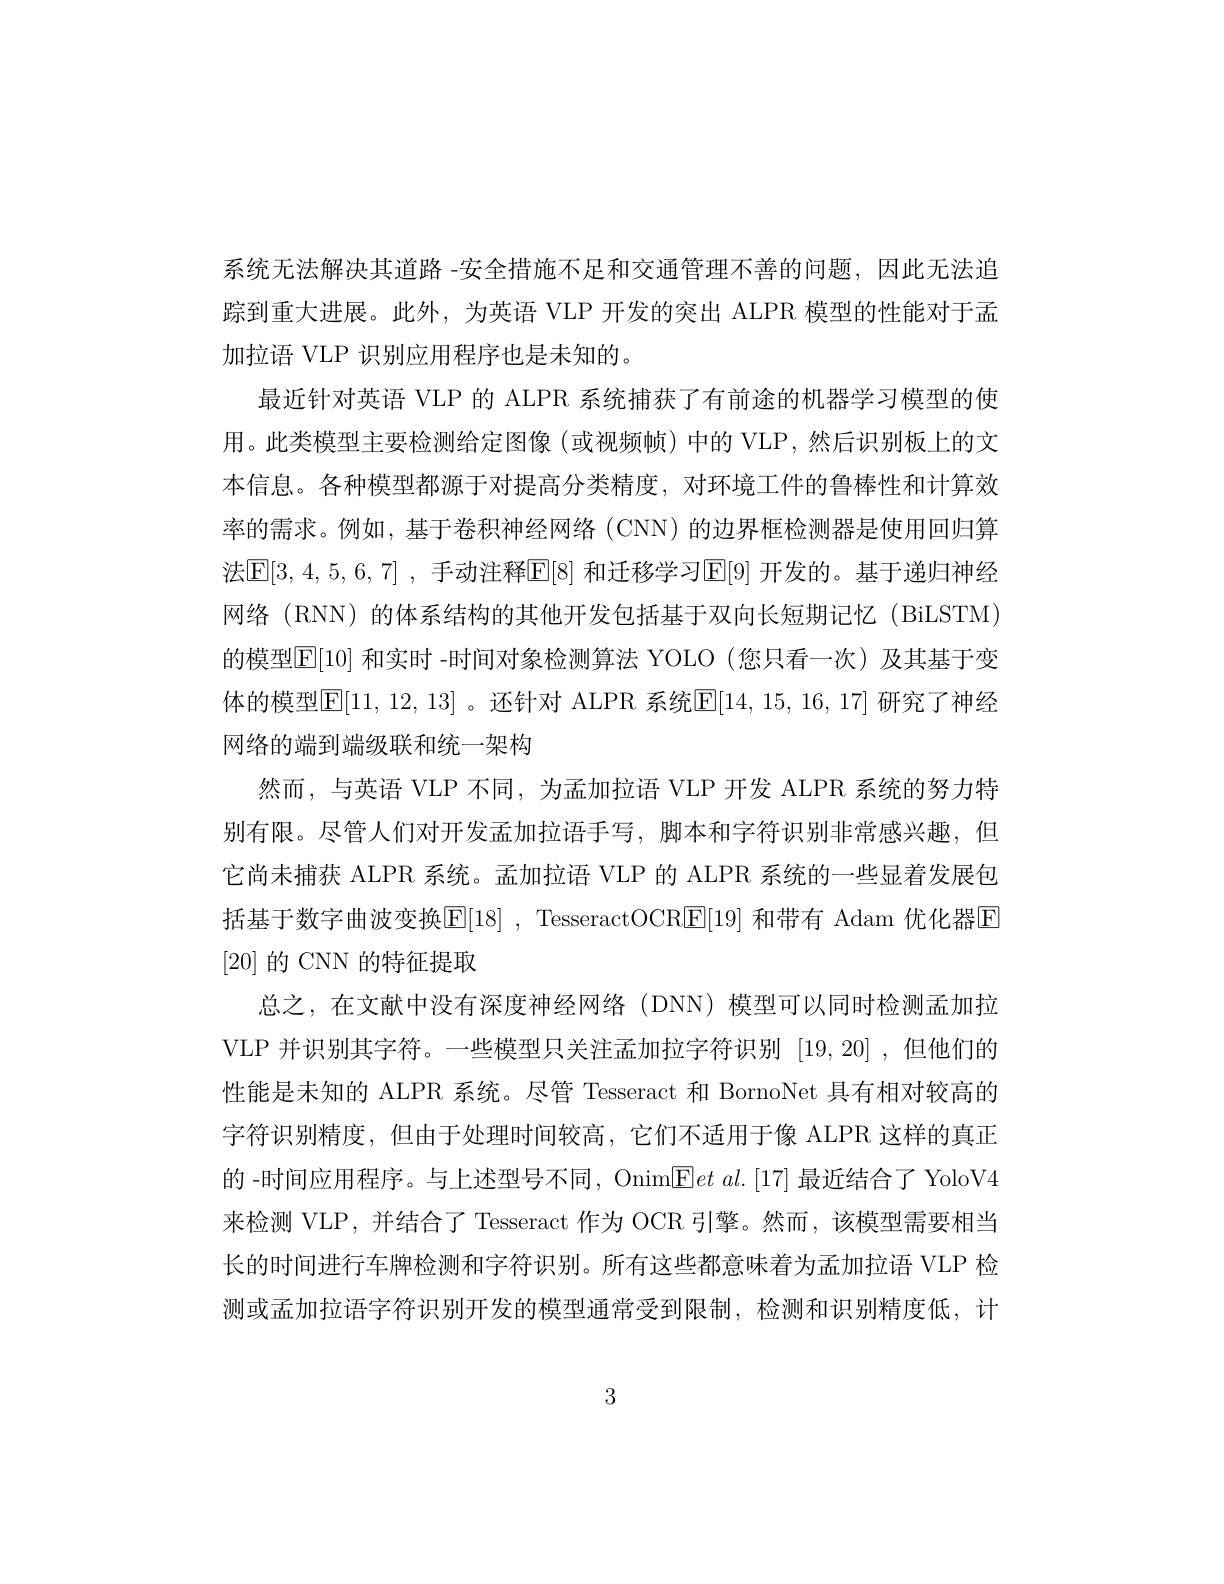
系统无法解决其道路 -安全措施不足和交通管理不善的问题，因此无法追踪到重大进展。此外，为英语 VLP 开发的突出 ALPR 模型的性能对于孟加拉语 VLP 识别应用程序也是未知的。
最近针对英语 VLP 的 ALPR 系统捕获了有前途的机器学习模型的使用。此类模型主要检测给定图像 (或视频帧) 中的 VLP ,然后识别板上的文本信息。各种模型都源于对提高分类精度，对环境工件的鲁棒性和计算效率的需求。例如，基于卷积神经网络(CNN)的边界框检测器是使用回归算法$\boxed{\mathrm{E} }[ 3, 4, 5, 6, 7]$ , 手动注释$\boxed{\mathrm{E} }[ 8]$ 和迁移学习E[9] 开发的。基于递归神经网络 (RNN) 的体系结构的其他开发包括基于双向长短期记忆 (BiLSTM) 的模型$\boxed{\mathrm{E}}[10]$ 和实时 -时间对象检测算法 YOLO(您只看一次)及其基于变体的模型$\boxed{\mathrm{E}}[11,12,13]$。还针对 ALPR 系统$\boxed{\mathrm{F}}[14,15,16,17]$研究了神经网络的端到端级联和统一架构
然而，与英语 VLP 不同，为孟加拉语 VLP 开发 ALPR 系统的努力特别有限。尽管人们对开发孟加拉语手写，脚本和字符识别非常感兴趣，但它尚未捕获 ALPR 系统。孟加拉语 VLP 的 ALPR 系统的一些显着发展包括基于数字曲波变换$\boxed{\mathrm{E}}[18]$, TesseractOCR$\boxed{\mathrm{E}}[19]$ 和带有 Adam 优化器E [20]的 CNN 的特征提取
总之，在文献中没有深度神经网络(DNN) 模型可以同时检测孟加拉VLP 并识别其字符。一些模型只关注孟加拉字符识别[19,20] ,但他们的性能是未知的 ALPR 系统。尽管 Tesseract 和 BornoNet 具有相对较高的字符识别精度，但由于处理时间较高，它们不适用于像 ALPR 这样的真正的 -时间应用程序。与上述型号不同，OnimEet al.[17] 最近结合了 YoloV4来检测 VLP, 并结合了 Tesseract 作为 OCR 引擎。然而，该模型需要相当长的时间进行车牌检测和字符识别。所有这些都意味着为孟加拉语 VLP 检测或孟加拉语字符识别开发的模型通常受到限制，检测和识别精度低，计

3